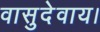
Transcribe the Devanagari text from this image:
वासुदेवाय।